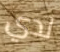
لدي